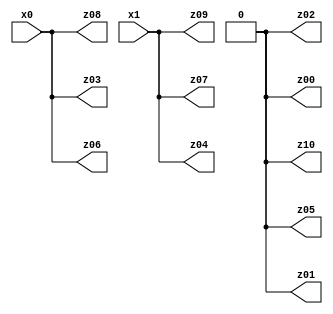
// Benchmark "X_74" written by ABC on Mon Jun 12 16:32:05 2023

module X_74 ( 
    x0, x1,
    z00, z01, z02, z03, z04, z05, z06, z07, z08, z09, z10  );
  input  x0, x1;
  output z00, z01, z02, z03, z04, z05, z06, z07, z08, z09, z10;
  assign z00 = 1'b0;
  assign z01 = 1'b0;
  assign z02 = 1'b0;
  assign z03 = x1 ? x0 : x0;
  assign z04 = x0 ? x1 : x1;
  assign z05 = 1'b0;
  assign z06 = x1 ? x0 : x0;
  assign z07 = x0 ? x1 : x1;
  assign z08 = x1 ? x0 : x0;
  assign z09 = x0 ? x1 : x1;
  assign z10 = 1'b0;
endmodule